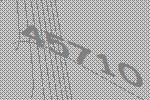
45710